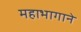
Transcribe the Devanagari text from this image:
महाभागाने